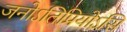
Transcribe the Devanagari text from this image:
जनोऽतिप्रियोऽसि